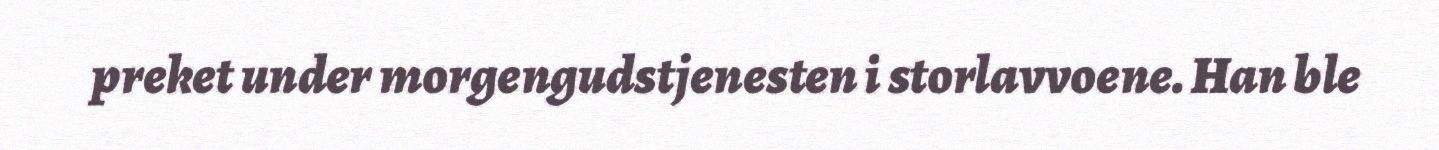
preket under morgengudstjenesten i storlavvoene. Han ble